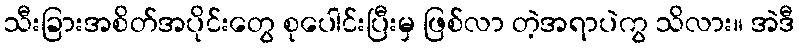
သီးခြားအစိတ်အပိုင်းတွေ စုပေါင်းပြီးမှ ဖြစ်လာ တဲ့အရာပဲကွ သိလား။ အဲဒီ